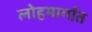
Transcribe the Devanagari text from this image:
लोहमार्गात